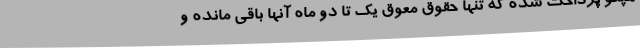
هپکو پرداخت شده که تنها حقوق معوق یک تا دو ماه آنها باقی مانده و